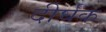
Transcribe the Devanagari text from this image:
दीर्घक